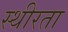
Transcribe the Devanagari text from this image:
स्थीरता